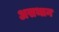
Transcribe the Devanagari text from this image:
असथान